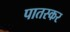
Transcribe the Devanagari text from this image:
पातस्कर